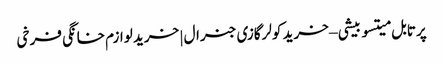
پرتابل میتسوبیشی – خرید کولرگازی جنرال | خرید لوازم خانگی فرخی